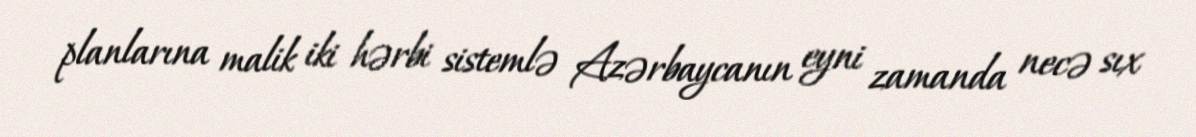
planlarına malik iki hərbi sistemlə Azərbaycanın eyni zamanda necə sıx